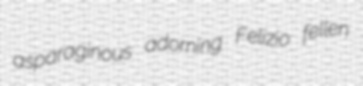
asparaginous adorning Felizio fellen